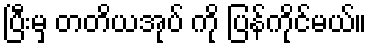
ပြီးမှ တတိယအုပ် ကို ပြန်ကိုင်မယ်။